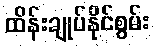
ထိန်းချုပ်နိုင်စွမ်း